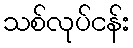
သစ်လုပ်ငန်း